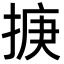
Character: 掶